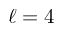
\ell = 4